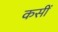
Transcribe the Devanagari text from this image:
कसीं